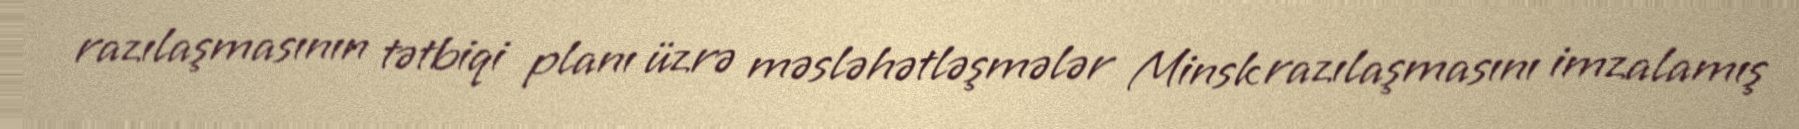
razılaşmasının tətbiqi planı üzrə məsləhətləşmələr Minsk razılaşmasını imzalamış